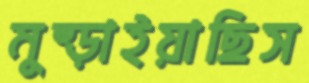
মুষ্‌ড়াইয়াছিস